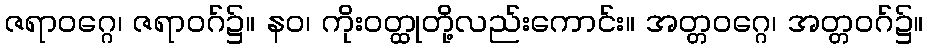
ဇရာဝဂ္ဂေ၊ ဇရာဝဂ်၌။ နဝ၊ ကိုးဝတ္ထုတို့လည်းကောင်း။ အတ္တဝဂ္ဂေ၊ အတ္တဝဂ်၌။